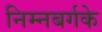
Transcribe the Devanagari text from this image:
निम्नबर्गके